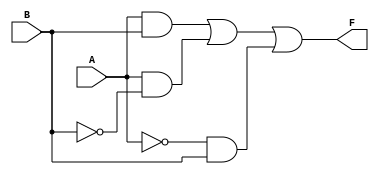
module kmap_2var (
    input wire A,  // 1-bit input A
    input wire B,  // 1-bit input B
    output wire F  // 1-bit output F
);

// Define the output logic based on the desired truth table from the K-map
assign F = (A & B) | (A & ~B) | (~A & B); // Modify this expression based on your K-map requirements

endmodule